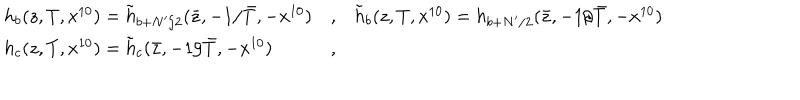
\begin{array} { l l l } { { h _ { b } ( z , T , x ^ { 1 0 } ) = \tilde { h } _ { b + N ^ { \prime } / 2 } ( \bar { z } , - 1 / \bar { T } , - x ^ { 1 0 } ) } } & { { , } } & { { \tilde { h } _ { b } ( z , T , x ^ { 1 0 } ) = h _ { b + N ^ { \prime } / 2 } ( \bar { z } , - 1 / \bar { T } , - x ^ { 1 0 } ) } } \\ { { h _ { c } ( z , T , x ^ { 1 0 } ) = \tilde { h } _ { c } ( \bar { z } , - 1 / \bar { T } , - x ^ { 1 0 } ) } } & { { , } } & { { } } \\ \end{array}